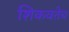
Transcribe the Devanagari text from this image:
शिकवतेच